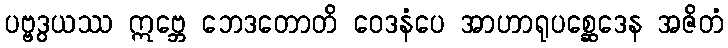
ပဗ္ဗဒွယဿ ဣဗ္ဘေ ဘေဒတောတိ ဝေဒနံပေ အာဟာရုပစ္ဆေဒေန အဇိတံ